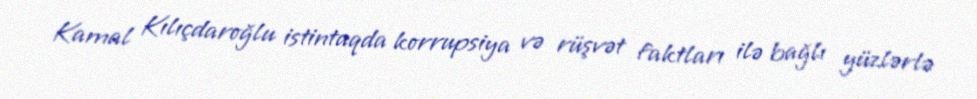
Kamal Kılıçdaroğlu istintaqda korrupsiya və rüşvət faktları ilə bağlı yüzlərlə